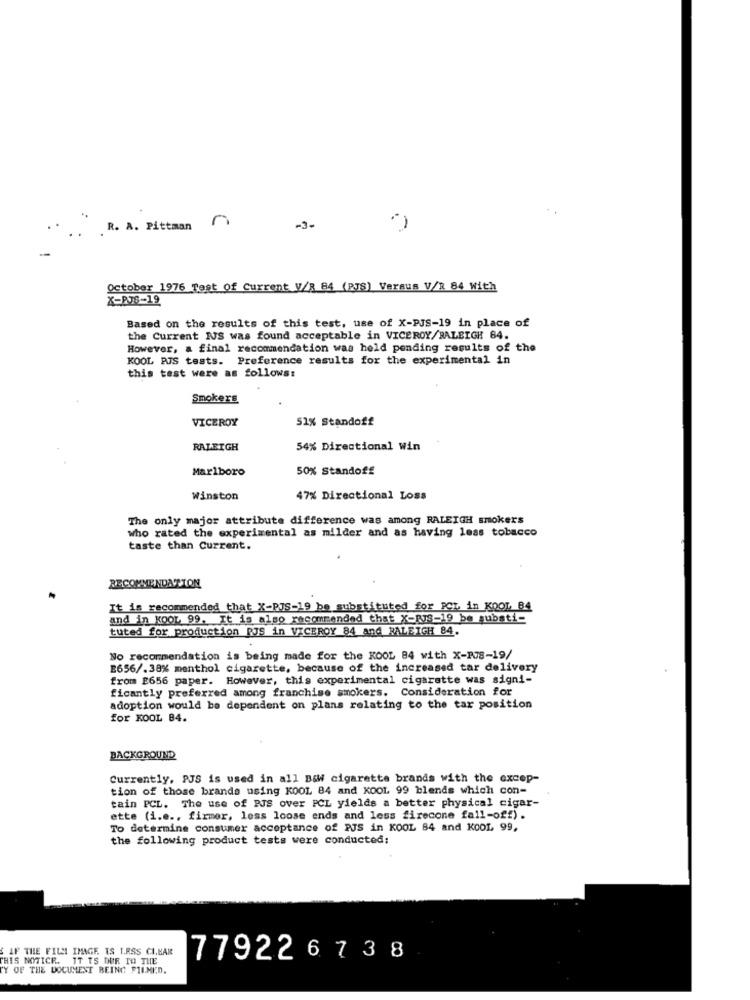
R. A. Pittman
n
-3-
October 1976 Test Of Current V/8 84 (PJS) Versus V/R 84 with
X-RJS-19
Based on the results of this test, use of X-PJS-19 in place of
the Current IUS was found acceptable in VICEROY/RALEIGH 84.
However, a final recommendation was held pending results of the
KOOL PJS tests. Preference results for the experimental in
this test were as follows:
Smokers
VICEROY
51% Standoff
RALEIGH
54% Directional Win
Marlboro
50% Standoff
Winston
47% Directional Loss
The only major attribute difference was among RALEIGH smokers
who rated the experimental as milder and as having less tobacco
taste than Current.
RECOMMENDATION
It is recommended that X-PJS-19 be substituted for PCL in KOOL 84
and in KOOL 99. It is also recommended that X-RJS-19 be substi-
tuted for production PJS in VICEROY 84 and RALEIGH 84.
No recommendation is being made for the KOOL 84 with X-RJS-19/
E656/.38% menthol cigarette, because of the increased tar delivery
from £656 paper. However, this experimental cigarette was signi-
ficantly preferred among franchise smokers. Consideration for
adoption would be dependent on plans relating to the tar position
for KOOL 84.
BACKGROUND
Currently, PJS is used in all B&w cigarette brands with the excep-
tion of those brands using KOOL 84 and KOOL 99 blends which con-
tain PCL. The use of BJS over PCL yields a better physical cigar-
ette (i.e ., firmer, less loose ends and less firecone fall-off).
To determine consumer acceptance of PJS in KOOL 84 and KOOL 99,
the following product tests were conducted;
IF THE FILMI IMAGE IS I.RSS CI.HAR
THIS NOTICE. IT TS DUR TO THE
779226738
TY OF THE DOCUMENT BEING FILMED.